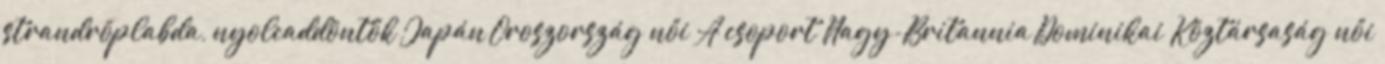
strandröplabda, nyolcaddöntők Japán–Oroszország női A csoport Nagy-Britannia–Dominikai Köztársaság női